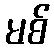
မစ်